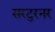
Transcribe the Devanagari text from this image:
सरटुरनर